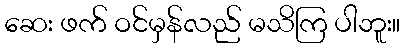
ဆေး ဖက် ဝင်မှန်လည် မသိကြ ပါဘူး။